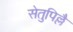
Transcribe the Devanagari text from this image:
सेतुपिल्लै